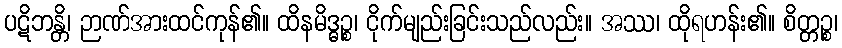
ပဋိဘန္တိ၊ ဉာဏ်အားထင်ကုန်၏။ ထိနမိဒ္ဓဉ္စ၊ ငိုက်မျည်းခြင်းသည်လည်း။ အဿ၊ ထိုရဟန်း၏။ စိတ္တဉ္စ၊